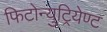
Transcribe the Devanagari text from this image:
फिटोन्युट्रियेण्ट